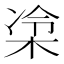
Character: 𪲜